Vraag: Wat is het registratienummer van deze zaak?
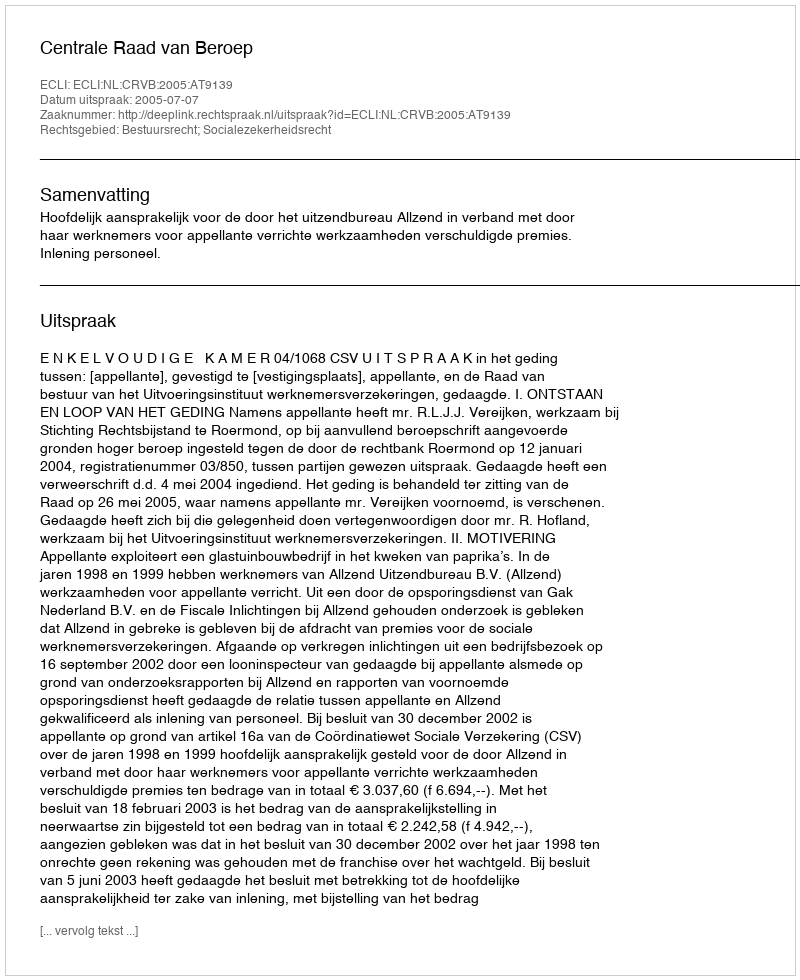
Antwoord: http://deeplink.rechtspraak.nl/uitspraak?id=ECLI:NL:CRVB:2005:AT9139